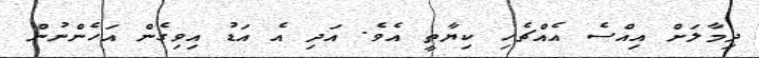
ދިމާލަށް އިއްސެ އެއްޗެހި ކިޔާތީ އެވެ. އަދި އެ އަޑު އިވިގެން އަހެންނުން